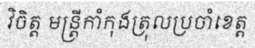
វិចិត្ត មន្ត្រីកាំកុងត្រុលប្រចាំខេត្ត